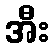
အီး